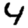
Digit: 4